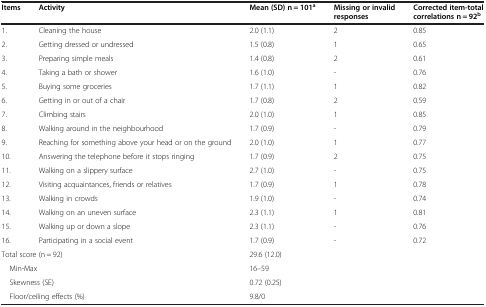
<table><thead><tr><td><b>Items</b></td><td><b>Activity</b></td><td><b>Mean (SD) n = 101<sup>a</sup></b></td><td><b>Missing or invalid responses</b></td><td><b>Corrected item-total correlations n = 92<sup>b</sup></b></td></tr></thead><tbody><tr><td>1.</td><td>Cleaning the house</td><td>2.0 (1.1)</td><td>2</td><td>0.85</td></tr><tr><td>2.</td><td>Getting dressed or undressed</td><td>1.5 (0.8)</td><td>1</td><td>0.65</td></tr><tr><td>3.</td><td>Preparing simple meals</td><td>1.4 (0.8)</td><td>2</td><td>0.61</td></tr><tr><td>4.</td><td>Taking a bath or shower</td><td>1.6 (1.0)</td><td>-</td><td>0.76</td></tr><tr><td>5.</td><td>Buying some groceries</td><td>1.7 (1.1)</td><td>1</td><td>0.82</td></tr><tr><td>6.</td><td>Getting in or out of a chair</td><td>1.7 (0.8)</td><td>2</td><td>0.59</td></tr><tr><td>7.</td><td>Climbing stairs</td><td>2.0 (1.0)</td><td>1</td><td>0.85</td></tr><tr><td>8.</td><td>Walking around in the neighbourhood</td><td>1.7 (0.9)</td><td>-</td><td>0.79</td></tr><tr><td>9.</td><td>Reaching for something above your head or on the ground</td><td>2.0 (1.0)</td><td>1</td><td>0.77</td></tr><tr><td>10.</td><td>Answering the telephone before it stops ringing</td><td>1.7 (0.9)</td><td>2</td><td>0.75</td></tr><tr><td>11.</td><td>Walking on a slippery surface</td><td>2.7 (1.0)</td><td>-</td><td>0.75</td></tr><tr><td>12.</td><td>Visiting acquaintances, friends or relatives</td><td>1.7 (0.9)</td><td>1</td><td>0.78</td></tr><tr><td>13.</td><td>Walking in crowds</td><td>1.9 (1.0)</td><td>-</td><td>0.74</td></tr><tr><td>14.</td><td>Walking on an uneven surface</td><td>2.3 (1.1)</td><td>1</td><td>0.81</td></tr><tr><td>15.</td><td>Walking up or down a slope</td><td>2.3 (1.1)</td><td>-</td><td>0.76</td></tr><tr><td>16.</td><td>Participating in a social event</td><td>1.7 (0.9)</td><td>-</td><td>0.72</td></tr><tr><td colspan="2">Total score (n = 92)</td><td colspan="3">29.6 (12.0)</td></tr><tr><td colspan="2"> Min-Max</td><td colspan="3">16–59</td></tr><tr><td colspan="2"> Skewness (SE)</td><td colspan="3">0.72 (0.25)</td></tr><tr><td colspan="2"> Floor/ceiling effects (%)</td><td colspan="3">9.8/0</td></tr></tbody></table>